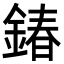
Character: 𨩃